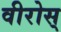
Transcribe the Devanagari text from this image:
वीरोस्